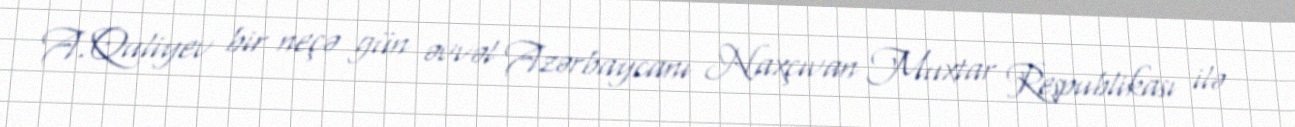
A.Quliyev bir neçə gün əvvəl Azərbaycanı Naxçıvan Muxtar Respublikası ilə